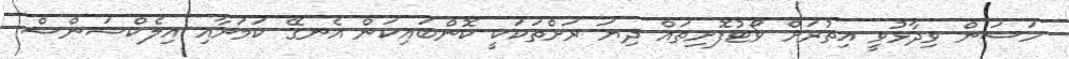
ހަސަން ވިދާޅުވީ އިތުރަށް ވޯޓުފޮށިތައް ދިޔަ ރަށްތަކަކީ ކޮންބައިކަން އެނގޭ ކަމަށާއި އިލެކްޝަންސް